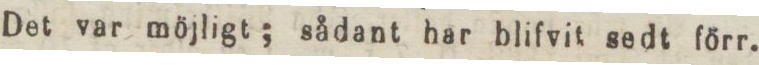
Det var möjligt; sådant har blifvit sedt förr.